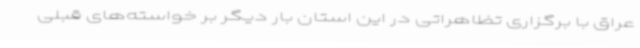
عراق با برگزاری تظاهراتی در این استان بار دیگر بر خواسته‌های قبلی